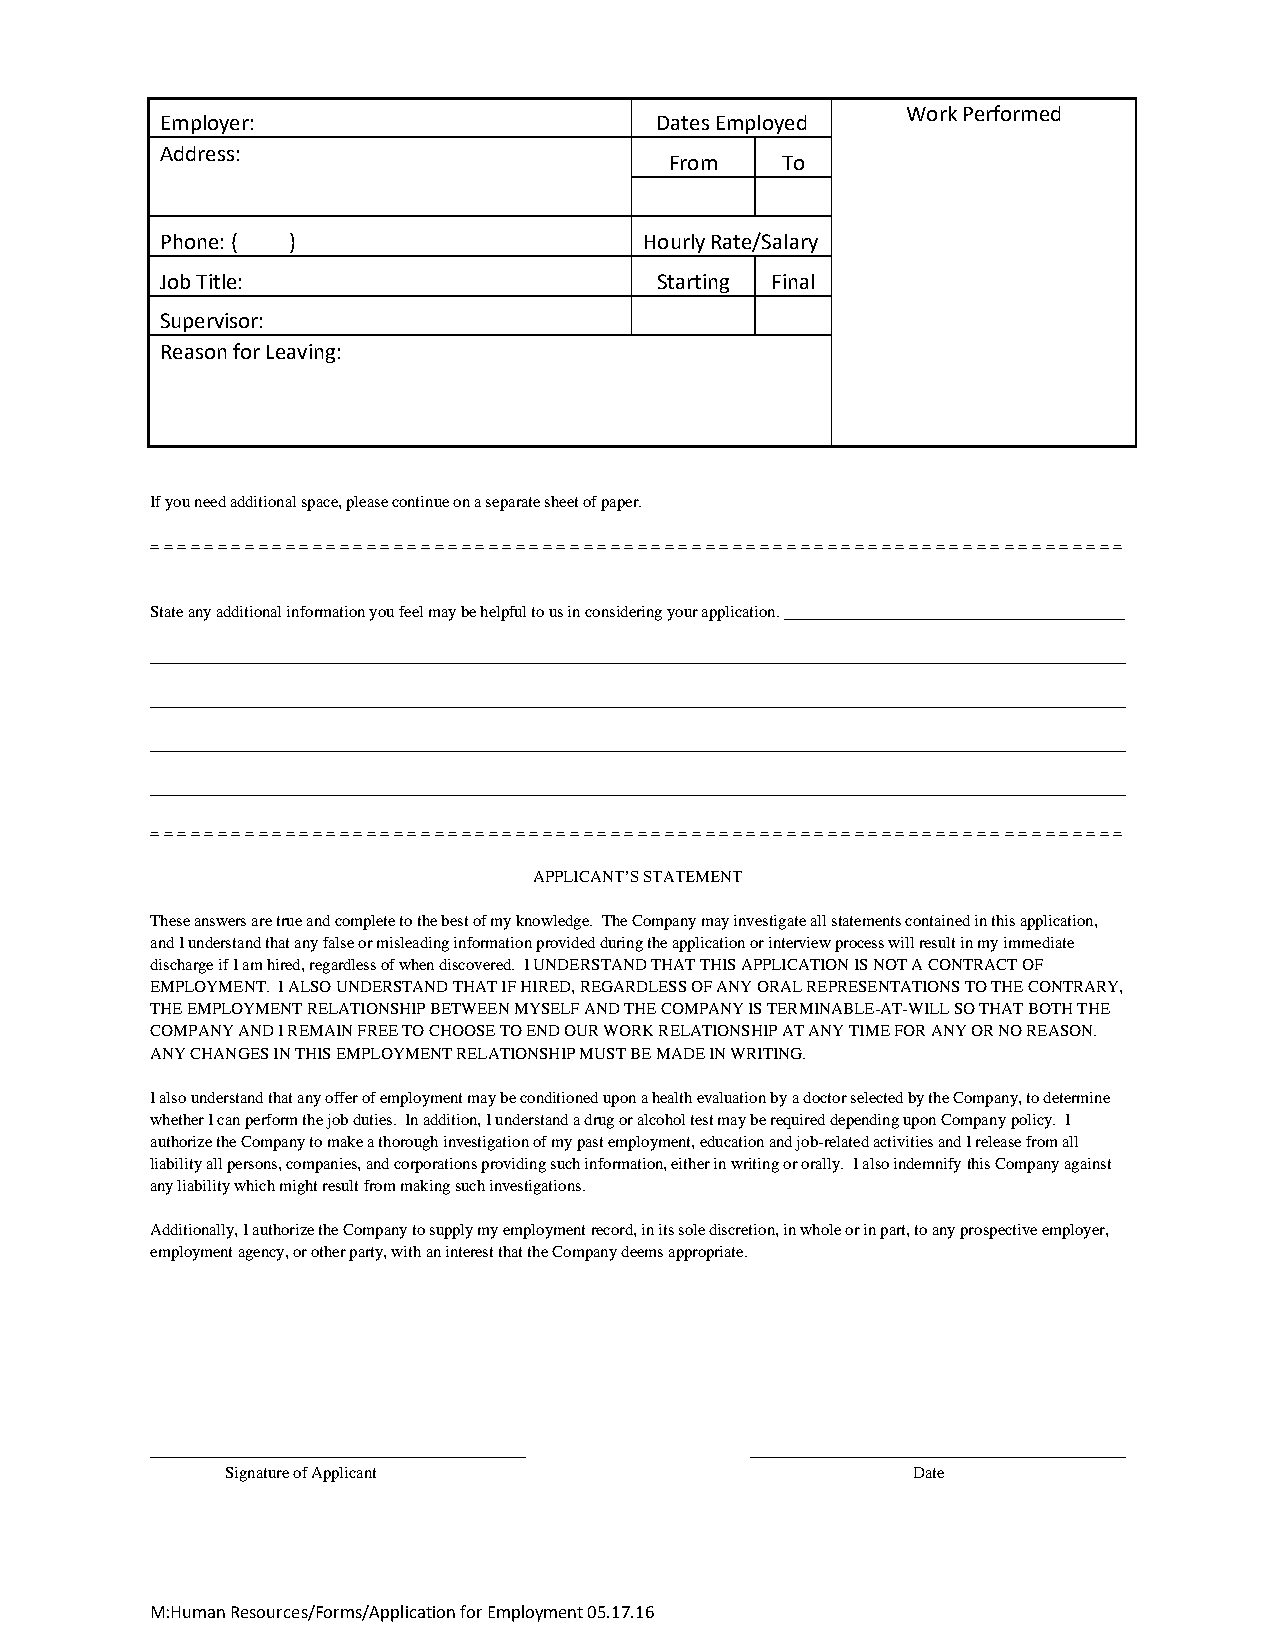
Work Performed
 Employer:                       Dates Employed
 Address:
 From    To
 Phone: ( )                      Hourly Rate/Salary
 Job Title:                      Starting Final
 Supervisor:
 Reason for Leaving:
 If you need additional space, please continue on a separate sheet of paper.
 = = = = = = = = = = = = = = = = = = = = = = = = = = = = = = = = = = = = = = = = = = = = = = = = = = = = = = = = = = = = = = = = = = = = = = = =
 State any additional information you feel may be helpful to us in considering your application.
 = = = = = = = = = = = = = = = = = = = = = = = = = = = = = = = = = = = = = = = = = = = = = = = = = = = = = = = = = = = = = = = = = = = = = = = =
 APPLICANT’S STATEMENT
 These answers are true and complete to the best of my knowledge. The Company may investigate all statements contained in this application,
 and I understand that any false or misleading information provided during the application or interview process will result in my immediate
 discharge if I am hired, regardless of when discovered. I UNDERSTAND THAT THIS APPLICATION IS NOT A CONTRACT OF
 EMPLOYMENT. I ALSO UNDERSTAND THAT IF HIRED, REGARDLESS OF ANY ORAL REPRESENTATIONS TO THE CONTRARY,
 THE EMPLOYMENT RELATIONSHIP BETWEEN MYSELF AND THE COMPANY IS TERMINABLE-AT-WILL SO THAT BOTH THE
 COMPANY AND I REMAIN FREE TO CHOOSE TO END OUR WORK RELATIONSHIP AT ANY TIME FOR ANY OR NO REASON.
 ANY CHANGES IN THIS EMPLOYMENT RELATIONSHIP MUST BE MADE IN WRITING.
 I also understand that any offer of employment may be conditioned upon a health evaluation by a doctor selected by the Company, to determine
 whether I can perform the job duties. In addition, I understand a drug or alcohol test may be required depending upon Company policy. I
 authorize the Company to make a thorough investigation of my past employment, education and job-related activities and I release from all
 liability all persons, companies, and corporations providing such information, either in writing or orally. I also indemnify this Company against
 any liability which might result from making such investigations.
 Additionally, I authorize the Company to supply my employment record, in its sole discretion, in whole or in part, to any prospective employer,
 employment agency, or other party, with an interest that the Company deems appropriate.
 Signature of Applicant                       Date
 M:Human Resources/Forms/Application for Employment 05.17.16